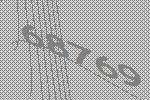
68769